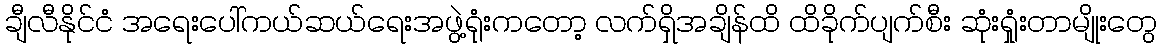
ချီလီနိုင်ငံ အရေးပေါ်ကယ်ဆယ်ရေးအဖွဲ့ရုံးကတော့ လက်ရှိအချိန်ထိ ထိခိုက်ပျက်စီး ဆုံးရှုံးတာမျိုးတွေ